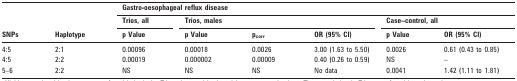
<table><thead><tr><td rowspan="3"><b>SNPs</b></td><td rowspan="3"><b>Haplotype</b></td><td colspan="6"><b>Gastro-oesophageal reflux disease</b></td></tr><tr><td><b>Trios, all</b></td><td colspan="3"><b>Trios, males</b></td><td colspan="2"><b>Case–control, all</b></td></tr><tr><td><b>p Value</b></td><td><b>p Value</b></td><td><b>p<sub>corr</sub></b></td><td><b>OR (95% CI)</b></td><td><b>p Value</b></td><td><b>OR (95% CI)</b></td></tr></thead><tbody><tr><td>4:5</td><td>2:1</td><td>0.00096</td><td>0.00018</td><td>0.0026</td><td>3.00 (1.63 to 5.50)</td><td>0.0026</td><td>0.61 (0.43 to 0.85)</td></tr><tr><td>4:5</td><td>2:2</td><td>0.00019</td><td>0.000002</td><td>0.00009</td><td>0.40 (0.26 to 0.59)</td><td>NS</td><td>–</td></tr><tr><td>5–6</td><td>2:2</td><td>NS</td><td>NS</td><td>NS</td><td>No data</td><td>0.0041</td><td>1.42 (1.11 to 1.81)</td></tr></tbody></table>